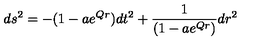
d s ^ { 2 } = - ( 1 - a e ^ { Q r } ) d t ^ { 2 } + \frac { 1 } { ( 1 - a e ^ { Q r } ) } d r ^ { 2 }